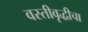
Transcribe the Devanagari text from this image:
वस्तीवृद्धीचा